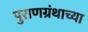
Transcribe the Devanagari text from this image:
पुराणग्रंथाच्या